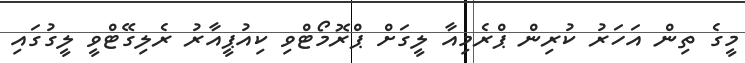
މީގެ ތިން އަހަރު ކުރިން ޕްރެމިއާ ލީގަށް ޕްރޮމޯޓްވި ކިއުޕީއާރު ރެލިގޭޓްވީ ލީގުގައި